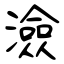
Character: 澰